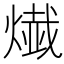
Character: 𤍬